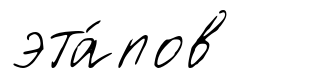
эта́пов